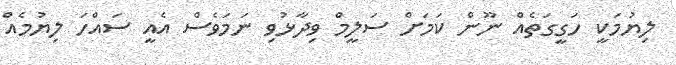
ލިޔުމަކީ ހަގީގަތެއް ނޫން ކަމަށް ސަލީމް ވިދާޅުވި ނަމަވެސް އެއީ ސައްހަ ލިޔުމެއް